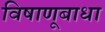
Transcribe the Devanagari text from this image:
विषाणूबाधा